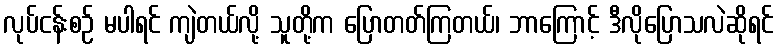
လုပ်ငန်းစဉ် မပါရင် ကျဲတယ်လို့ သူတို့က ပြောတတ်ကြတယ်၊ ဘာကြောင့် ဒီလိုပြောသလဲဆိုရင်